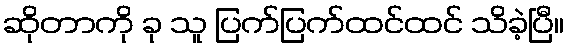
ဆိုတာကို ခု သူ ပြက်ပြက်ထင်ထင် သိခဲ့ပြီ။